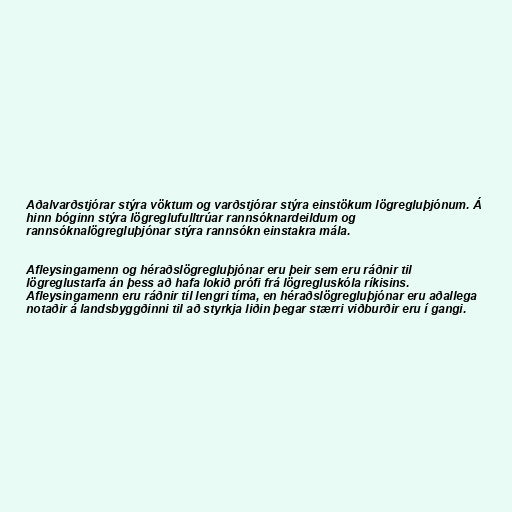
Aðalvarðstjórar stýra vöktum og varðstjórar stýra einstökum lögregluþjónum. Á
hinn bóginn stýra lögreglufulltrúar rannsóknardeildum og
rannsóknalögregluþjónar stýra rannsókn einstakra mála.

Afleysingamenn og héraðslögregluþjónar eru þeir sem eru ráðnir til
lögreglustarfa án þess að hafa lokið prófi frá lögregluskóla ríkisins.
Afleysingamenn eru ráðnir til lengri tíma, en héraðslögregluþjónar eru aðallega
notaðir á landsbyggðinni til að styrkja liðin þegar stærri viðburðir eru í gangi.